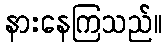
နားနေကြသည်။